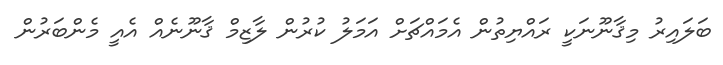
ބަލައިރު މިޤާނޫނަކީ ރައްޔިތުން އެމައްޗަށް އަމަލު ކުރުން ލާޒިމް ޤާނޫނެއް އެއީ މެންބަރުން